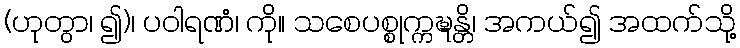
(ဟုတွာ၊ ၍)၊ ပဝါရဏံ၊ ကို။ သစေပစ္စုက္ကဍ္ဎန္တိ၊ အကယ်၍ အထက်သို့